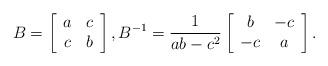
LaTeX: \begin{align*}B=\left[\begin{array}[c]{cc}a & c\\c & b\end{array}\right] ,B^{-1}=\frac{1}{ab-c^{2}}\left[\begin{array}[c]{cc}b & -c\\-c & a\end{array}\right] .\end{align*}